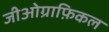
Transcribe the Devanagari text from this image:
जीओग्राफ़िकल